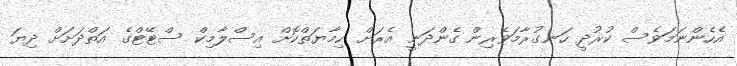
އެހެންނަމަވެސް ކުރުދީ ހަނގުރާމަވެރިން ގެންދަނީ އެރަށް ޙިމާޔަތްކޮށް އިސްލާމިކް ސްޓޭޓްގެ އަތްދަށަށް ދިޔަ